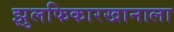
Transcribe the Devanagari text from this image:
झुलफिकारखानाला